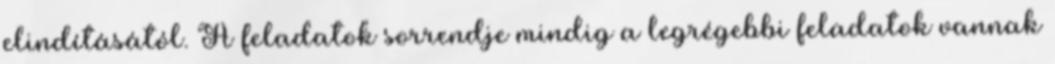
elindításától. A feladatok sorrendje mindig a legrégebbi feladatok vannak